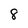
Character: 8